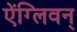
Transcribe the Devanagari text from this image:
ऐंग्लिवन्